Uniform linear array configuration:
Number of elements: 64
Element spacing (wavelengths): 0.25
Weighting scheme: binomial
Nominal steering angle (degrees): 45
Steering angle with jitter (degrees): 46.15
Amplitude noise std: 0.05
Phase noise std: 0.05

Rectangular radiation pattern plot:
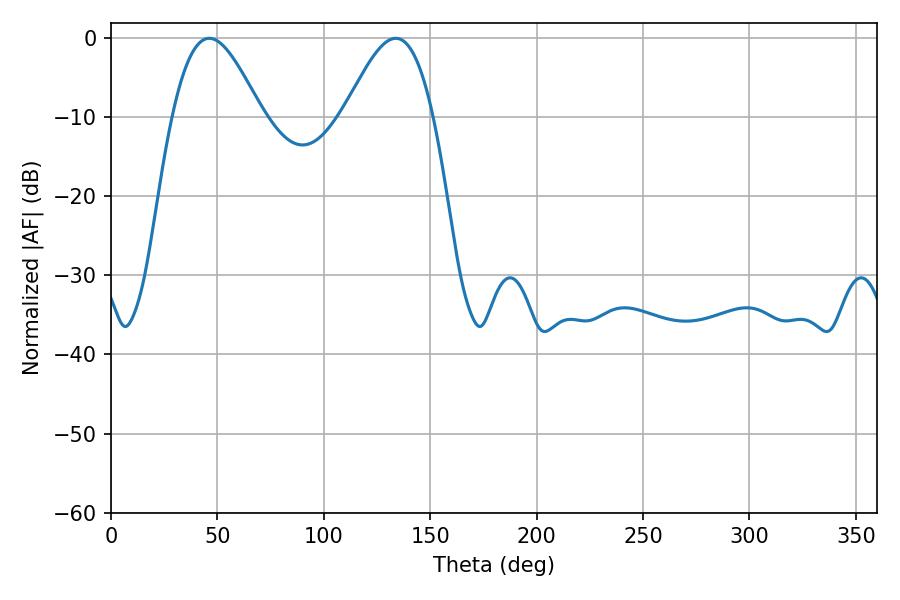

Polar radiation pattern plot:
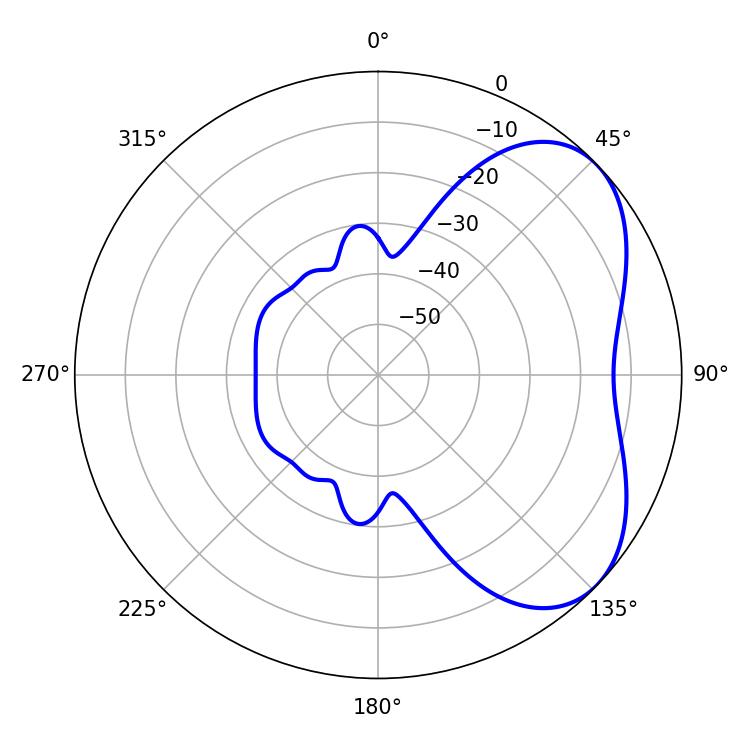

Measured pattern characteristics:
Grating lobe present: FALSE
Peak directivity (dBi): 4.814
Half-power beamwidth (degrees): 22.32
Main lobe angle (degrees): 46.26